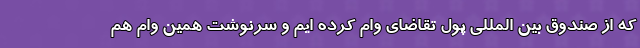
که از صندوق بین المللی پول تقاضای وام کرده ایم و سرنوشت همین وام هم